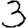
Digit: 3